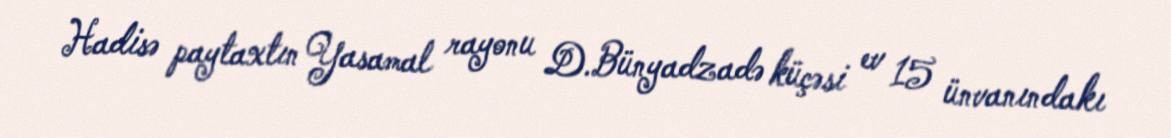
Hadisə paytaxtın Yasamal rayonu D.Bünyadzadə küçəsi ev 15 ünvanındakı